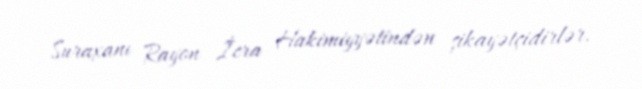
Suraxanı Rayon İcra Hakimiyyətindən şikayətçidirlər.